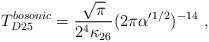
\begin{align*} T^{bosonic}_{D25} = {\sqrt\pi\over2^4 \kappa_{26}}(2\pi\alpha^\prime{}^{1/2})^{-14}\ ,\end{align*}